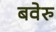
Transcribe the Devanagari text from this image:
बवेरु